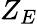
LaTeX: Z_{E}